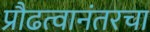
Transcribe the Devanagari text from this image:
प्रौढत्वानंतरचा